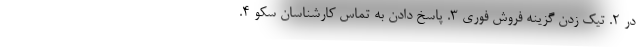
در ۲. تیک زدن گزینه فروش فوری ۳. پاسخ دادن به تماس کارشناسان سکو ۴.